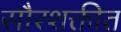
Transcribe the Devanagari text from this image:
सौरशक्तीत